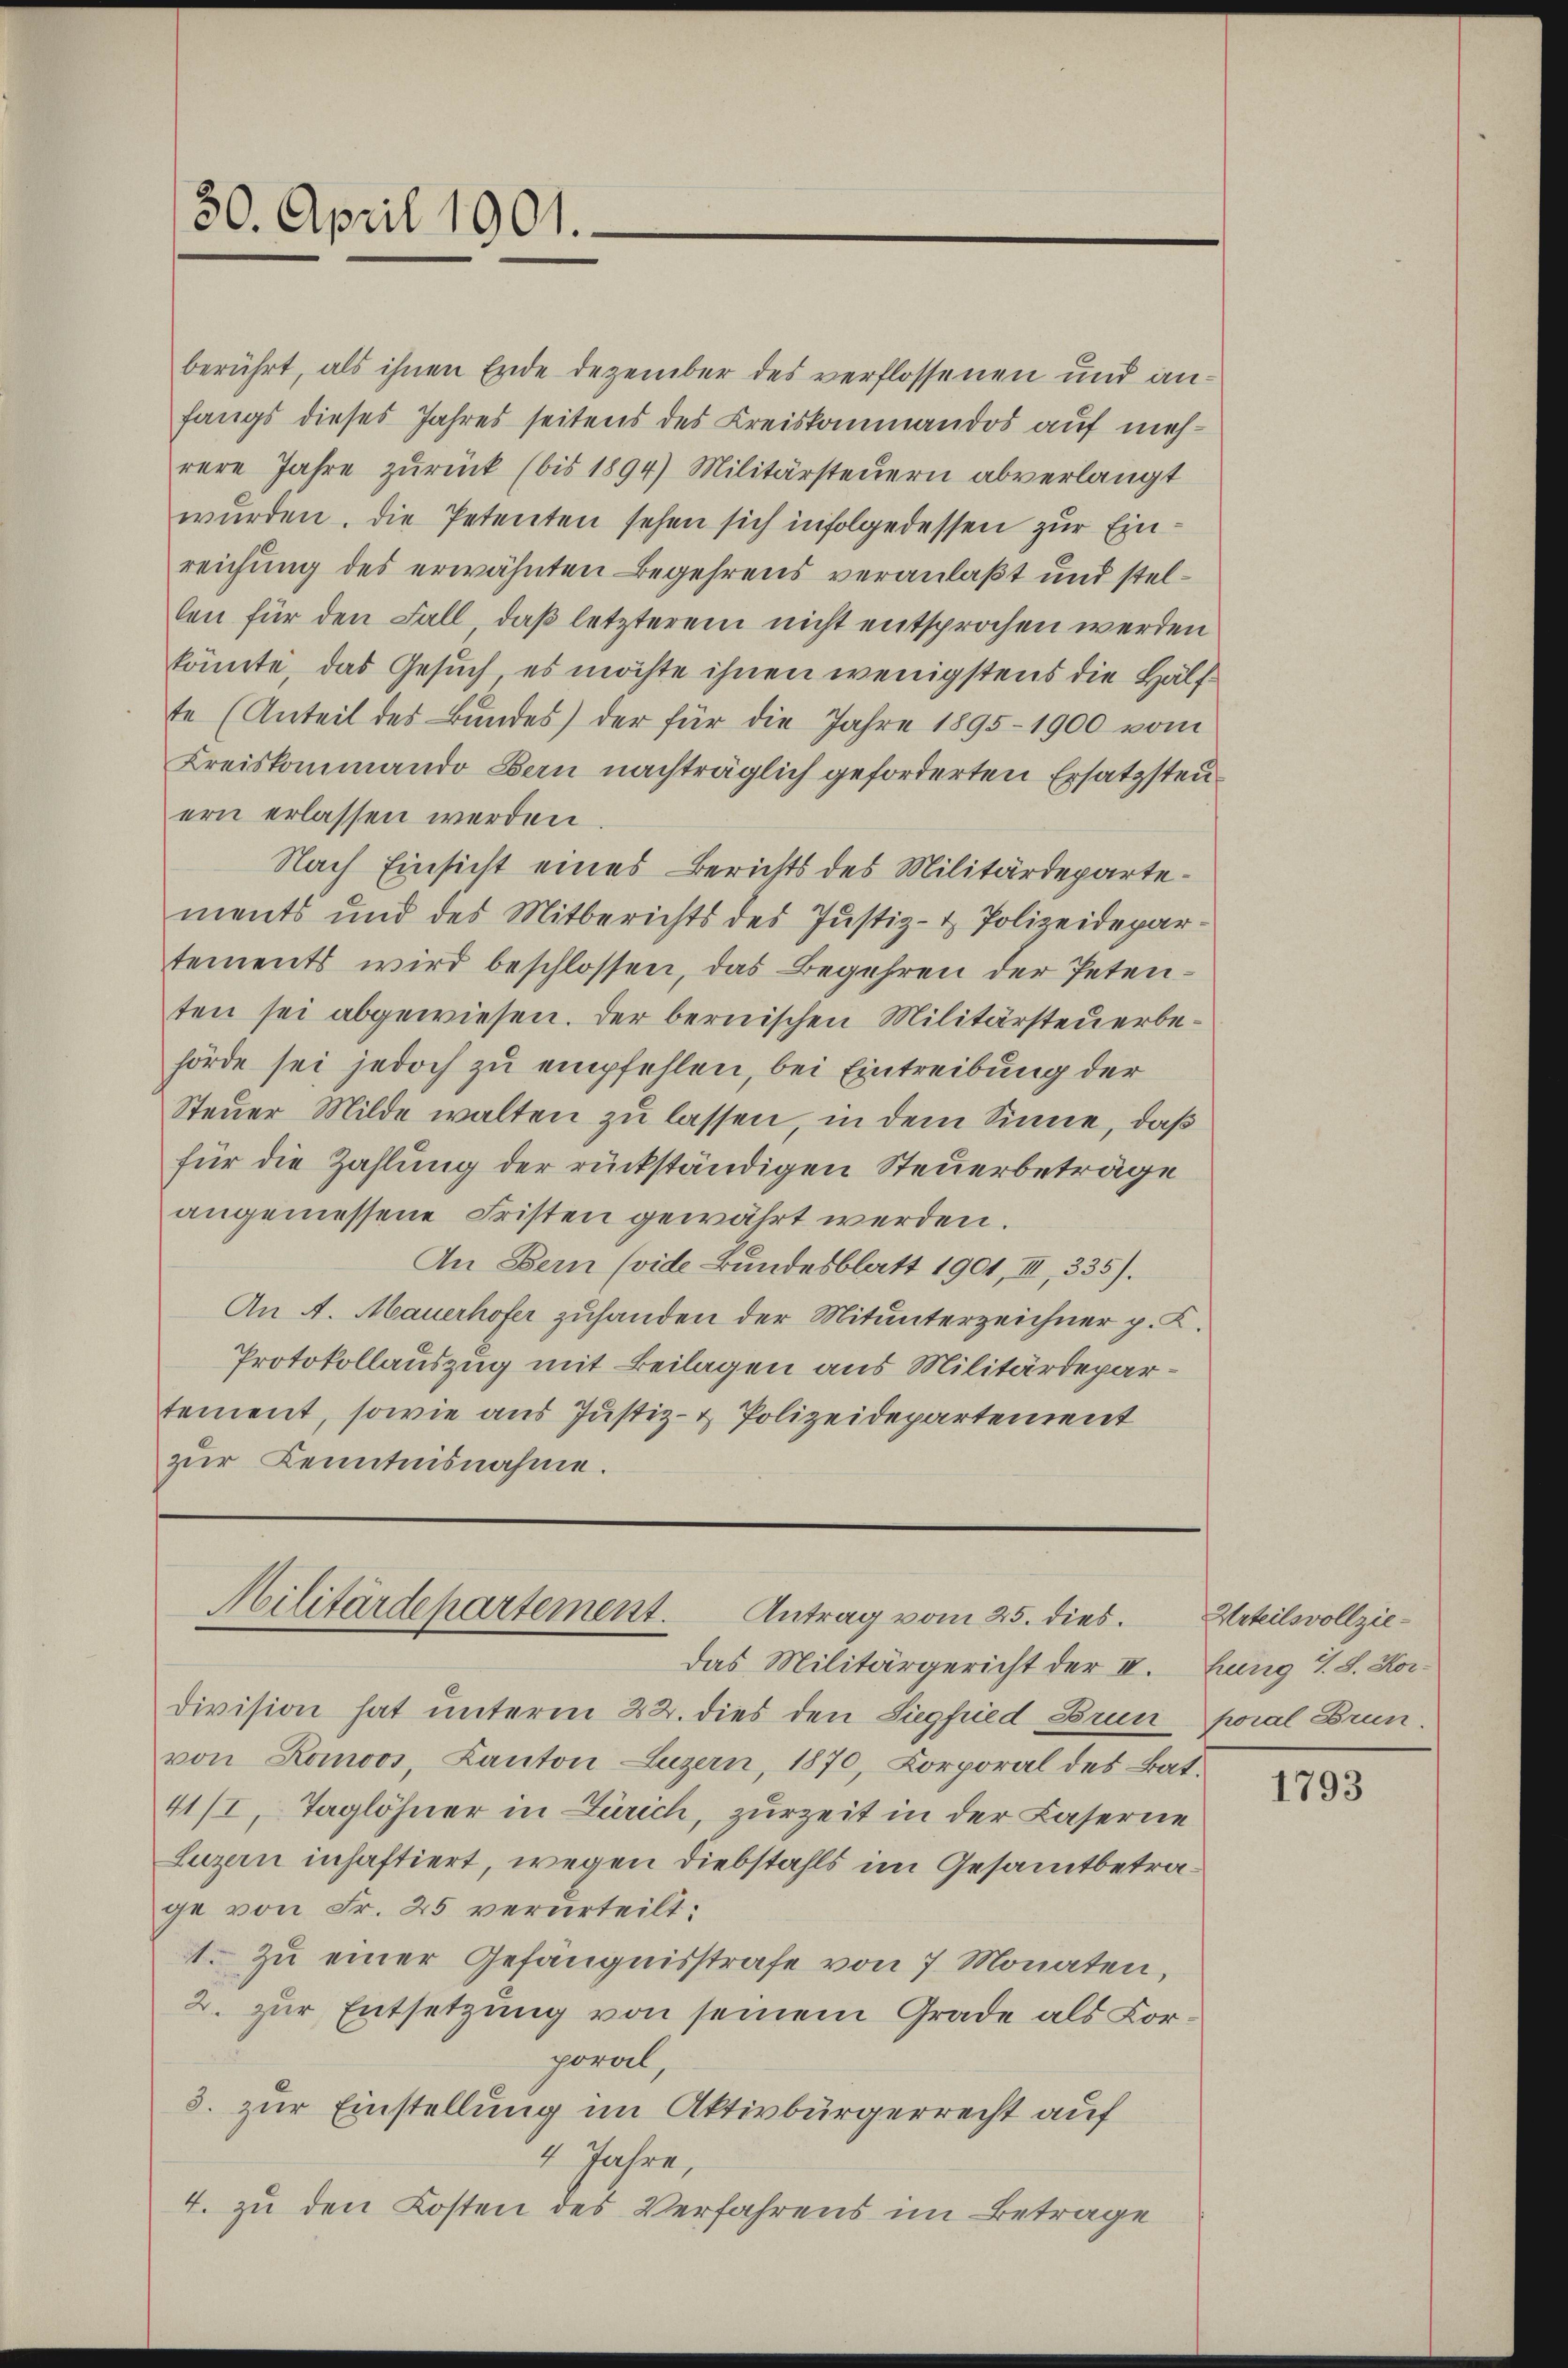
30. April 1901.

berührt, als ihnen Ende Dezember des verflossenen und anfangs dieses Jahres seitens des Kreiskommandos auf mehrere Jahre zŭrück (bis 1894) Militärsteŭern abverlangt
wurden. Die Petenten sehen sich infolgedessen zur Einreichung des erwähnten Begehrens veranlaßt und stellen für den Fall, daß letzterem nicht entsprochen werden
könnte, das Gesuch, es möchte ihnen wenigstens die Hälfte (Anteil des Bundes) der für die Jahre 1895-1900 vom
Kreiskommando Bern nachträglich geforderten Ersatzsteuern erlassen werden
Nach Einsicht eines Berichts des Militärdepartements und des Mitberichts des Justiz- & Polizeidepartements wird beschlossen, das Begehren der Petenten sei abgewiesen. Der bernischen Militärsteuerbehörde sei jedoch zu empfehlen, bei Eintreibung der
Steuer Milde walten zu lassen, in dem Sinne, daß
für die Zahlung der rückständigen Steuerbeträge
angemessene Fristen gewährt werden.
In Bern (vide Bundesblatt 1901, III, 335).
An 4. Mauerhofer zuhanden der Mitunterzeichner p. K.
Protokollauszug mit Beilagen aus Militärdepartement, sowie aus Justiz- & Polizeidepartement
zŭr Kenntnisnahme.

Militärdepartement. Antrag vom 25. dies
Das Militärgericht der IV.

Division hat unterm 22. dies den Siegfried Brun
von Komoos, Kanton Luzern, 1870, Korporal des Bat.
41/I, Taglöhner in Zürich, zurzeit in der Laserne
Luzern inhaftiert, wegen Diebstahls im Gesamtbetrage von Fr. 25 verurteilt:
1. Zu einer Gefängnisstrafe von 7. Monaten,
2. zur Entsetzung von seinem Grade als Korporal,
3. zur Einstellung im Aktivbürgerrecht auf
4 Jahre,
4. zu den Kosten des Verfahrens im Betrage

Urteilsvollziehung V. S. Kor-
poral Brun

1793